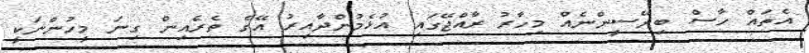
އެތައް ހާސް ބިދޭސީންނެއް މިހާރު ރާއްޖޭގައި އުޅެމުންދާއިރު އޭގެ ތެރެއިން ގިނަ މީހުންނަކީ